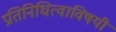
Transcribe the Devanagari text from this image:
प्रतिनिधित्वाविषयी